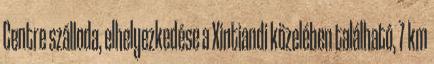
Centre szálloda, elhelyezkedése a Xintiandi közelében található, 7 km